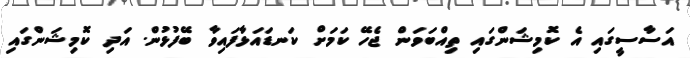
އަސާސީގައި އެ ކޮމިޝަންގައި ތިއްބަވަން ޖެހޭ ކަމަށް ކަނޑައަޅާފައިވާ ބޭފުޅުން. އަދި ކޮމިޝަންގައި